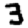
Digit: 3